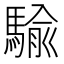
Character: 騟